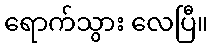
ရောက်သွား လေပြီ။